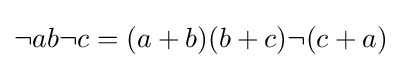
{\textstyle \neg ab\neg c=(a+b)(b+c)\neg (c+a)}